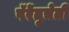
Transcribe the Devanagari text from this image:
पॅरेंतुचेली